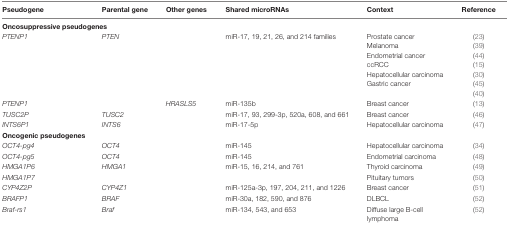
<table><thead><tr><td><b>Pseudogene</b></td><td><b>Parental gene</b></td><td><b>Other genes</b></td><td><b>Shared microRNAs</b></td><td><b>Context</b></td><td><b>Reference</b></td></tr></thead><tbody><tr><td colspan="6"><b>Oncosuppressive pseudogenes</b></td></tr><tr><td rowspan="7"><i>PTENP1</i></td><td rowspan="7"><i>PTEN</i></td><td rowspan="7"></td><td rowspan="7">miR-17, 19, 21, 26, and 214 families</td><td>Prostate cancer</td><td>(23)</td></tr><tr><td>Melanoma</td><td>(39)</td></tr><tr><td>Endometrial cancer</td><td>(44)</td></tr><tr><td>ccRCC</td><td>(15)</td></tr><tr><td>Hepatocellular carcinoma</td><td>(30)</td></tr><tr><td>Gastric cancer</td><td>(45)</td></tr><tr><td></td><td>(40)</td></tr><tr><td><i>PTENP1</i></td><td></td><td><i>HRASLS5</i></td><td>miR-135b</td><td>Breast cancer</td><td>(13)</td></tr><tr><td><i>TUSC2P</i></td><td><i>TUSC2</i></td><td></td><td>miR-17, 93, 299-3p, 520a, 608, and 661</td><td>Breast cancer</td><td>(46)</td></tr><tr><td><i>INTS6P1</i></td><td><i>INTS6</i></td><td></td><td>miR-17-5p</td><td>Hepatocellular carcinoma</td><td>(47)</td></tr><tr><td colspan="6"><b>Oncogenic pseudogenes</b></td></tr><tr><td><i>OCT4-pg4</i></td><td><i>OCT4</i></td><td></td><td>miR-145</td><td>Hepatocellular carcinoma</td><td>(34)</td></tr><tr><td><i>OCT4-pg5</i></td><td><i>OCT4</i></td><td></td><td>miR-145</td><td>Endometrial carcinoma</td><td>(48)</td></tr><tr><td><i>HMGA1P6</i></td><td rowspan="2"><i>HMGA1</i></td><td rowspan="2"></td><td rowspan="2">miR-15, 16, 214, and 761</td><td>Thyroid carcinoma</td><td>(49)</td></tr><tr><td><i>HMGA1P7</i></td><td>Pituitary tumors</td><td>(50)</td></tr><tr><td><i>CYP4Z2P</i></td><td><i>CYP4Z1</i></td><td></td><td>miR-125a-3p, 197, 204, 211, and 1226</td><td>Breast cancer</td><td>(51)</td></tr><tr><td><i>BRAFP1</i></td><td><i>BRAF</i></td><td></td><td>miR-30a, 182, 590, and 876</td><td>DLBCL</td><td>(52)</td></tr><tr><td><i>Braf-rs1</i></td><td><i>Braf</i></td><td></td><td>miR-134, 543, and 653</td><td>Diffuse large B-cell lymphoma</td><td>(52)</td></tr></tbody></table>